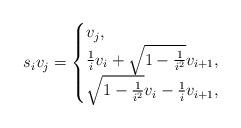
LaTeX: \begin{align*}s_iv_{j}= \begin{cases}v_j, & \\\frac{1}{i}v_i+\sqrt{1-\frac{1}{i^2}}v_{i+1}, & \\\sqrt{1-\frac{1}{i^2}}v_i-\frac{1}{i}v_{i+1}, & \end{cases}\end{align*}